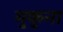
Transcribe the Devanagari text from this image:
मुकुना